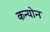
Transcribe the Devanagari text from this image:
कन्योन